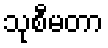
သုစီမတာ